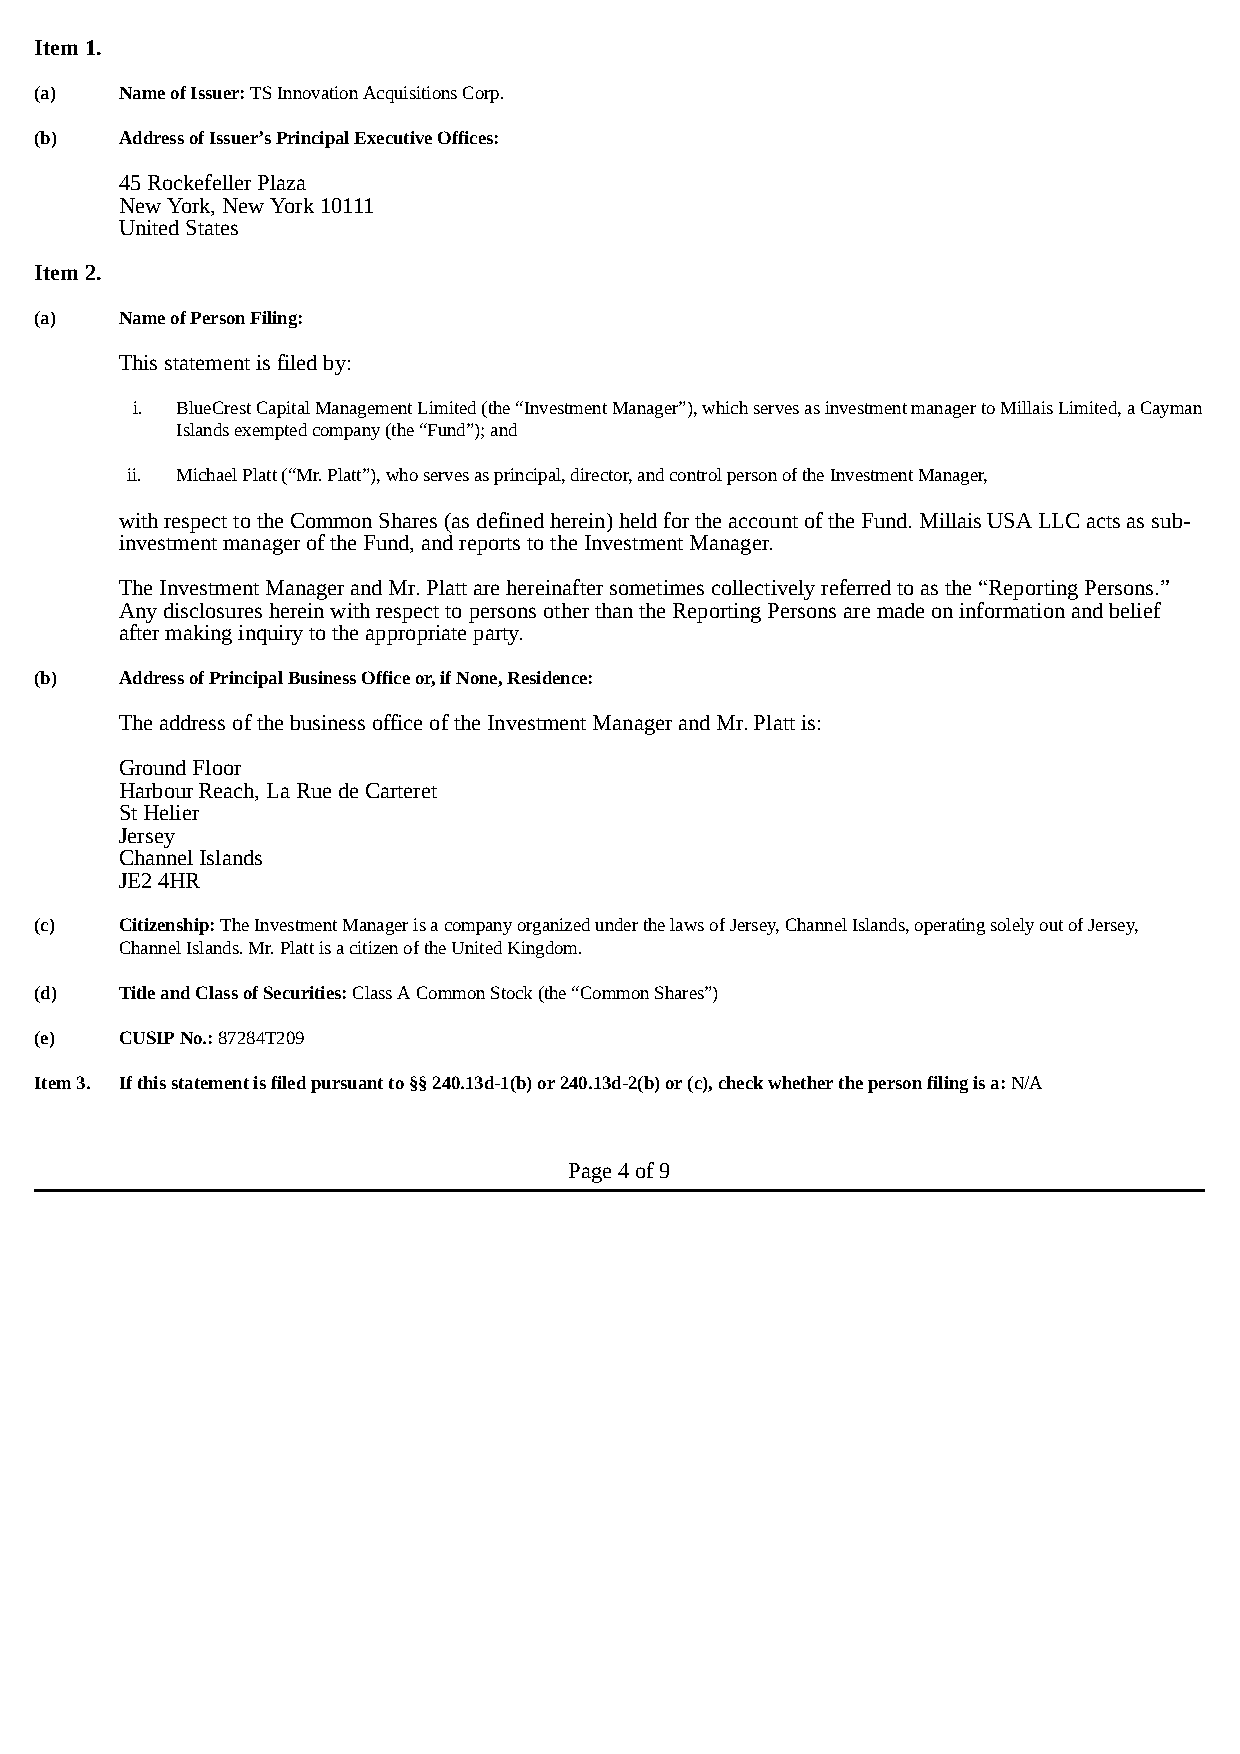
Item 1.
 (a)   Name of Issuer: TS Innovation Acquisitions Corp.
 (b)   Address of Issuer’s Principal Executive Offices:
 45 Rockefeller Plaza
 New York, New York 10111
 United States
 Item 2.
 (a)   Name of Person Filing:
 This statement is filed by:
 i. BlueCrest Capital Management Limited (the “Investment Manager”), which serves as investment manager to Millais Limited, a Cayman
 Islands exempted company (the “Fund”); and
 ii. Michael Platt (“Mr. Platt”), who serves as principal, director, and control person of the Investment Manager,
 with respect to the Common Shares (as defined herein) held for the account of the Fund. Millais USA LLC acts as sub-
 investment manager of the Fund, and reports to the Investment Manager.
 The Investment Manager and Mr. Platt are hereinafter sometimes collectively referred to as the “Reporting Persons.”
 Any disclosures herein with respect to persons other than the Reporting Persons are made on information and belief
 after making inquiry to the appropriate party.
 (b)   Address of Principal Business Office or, if None, Residence:
 The address of the business office of the Investment Manager and Mr. Platt is:
 Ground Floor
 Harbour Reach, La Rue de Carteret
 St Helier
 Jersey
 Channel Islands
 JE2 4HR
 (c)   Citizenship: The Investment Manager is a company organized under the laws of Jersey, Channel Islands, operating solely out of Jersey,
 Channel Islands. Mr. Platt is a citizen of the United Kingdom.
 (d)   Title and Class of Securities: Class A Common Stock (the “Common Shares”)
 (e)   CUSIP No.: 87284T209
 Item 3. If this statement is filed pursuant to §§ 240.13d-1(b) or 240.13d-2(b) or (c), check whether the person filing is a: N/A
 Page 4 of 9